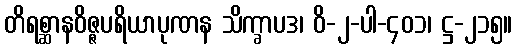
တိရစ္ဆာနဝိဇ္ဇပရိယာပုဏန သိက္ခာပဒ၊ ဝိ-၂-ပါ-၄၀၁၊ ဋ္ဌ-၂၁၅။